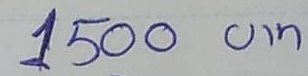
1500 บาท